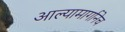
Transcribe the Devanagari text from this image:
आल्यामार्गानेच